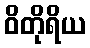
ဝိတိုရိယ